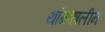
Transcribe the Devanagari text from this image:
थांगकालीन